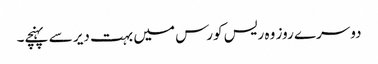
دوسرے روز وہ ریس کورس میں بہت دیر سے پہنچے۔